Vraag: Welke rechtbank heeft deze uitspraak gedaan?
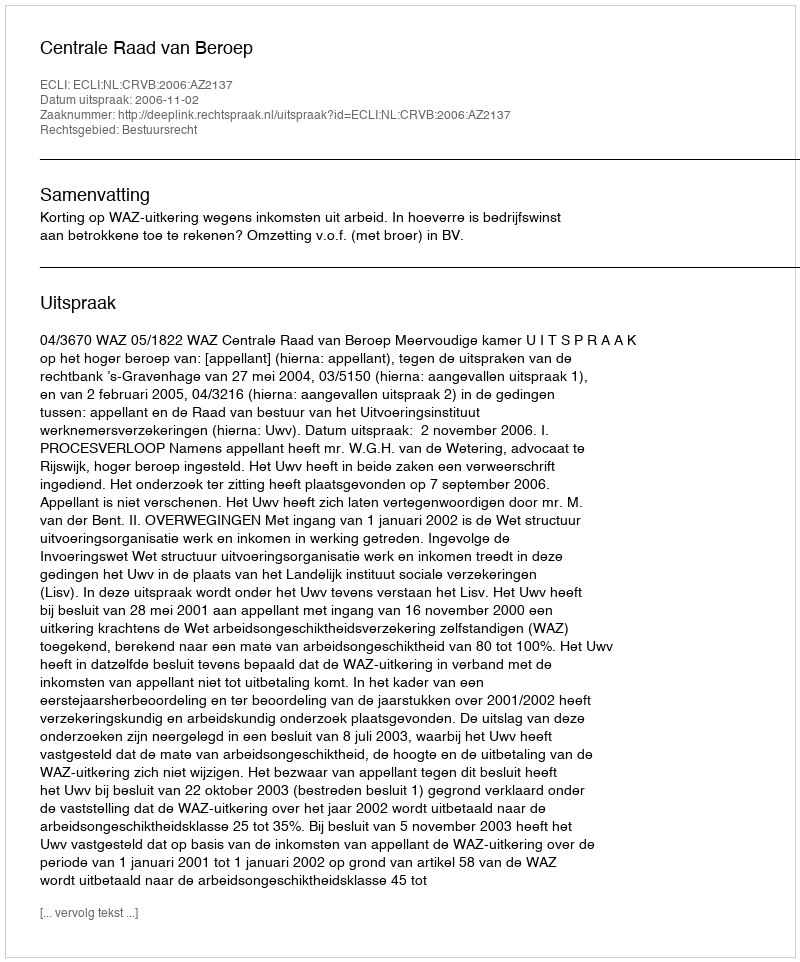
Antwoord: Centrale Raad van Beroep